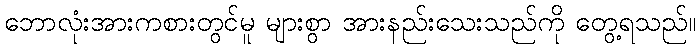
ဘောလုံးအားကစားတွင်မူ များစွာ အားနည်းသေးသည်ကို တွေ့ရသည်။